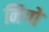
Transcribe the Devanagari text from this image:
निगो